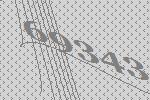
69343